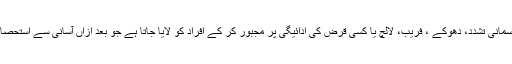
اس آمدورفت کے لئے جسمانی تشدد، دھوکے ، فریب، لالچ یا کسی قرض کی ادائیگی پر مجبور کر کے افراد کو لایا جاتا ہے جو بعد ازاں آسانی سے استحصال کا شکار ہو جاتے ہیں۔